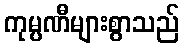
ကုမ္ပဏီများစွာသည်